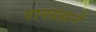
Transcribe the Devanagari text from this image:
पापग्रहाने